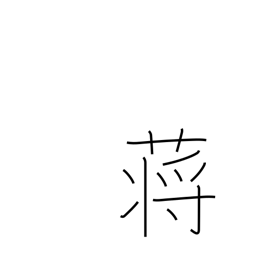
Meaning: reed